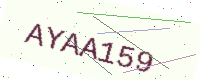
Text: AYAA159